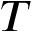
T